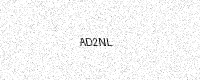
Text: AD2NL